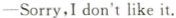
—Sorry,I don't like it.